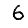
Digit: 6